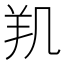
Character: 𰭗